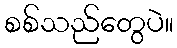
စစ်သည်တွေပဲ။